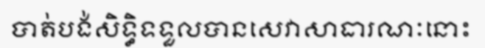
បាត់បង់សិទ្ធិទទួលបានសេវាសាធារណៈនោះ